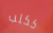
ككلب